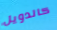
كالدويل